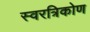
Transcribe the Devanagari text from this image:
स्वरत्रिकोण